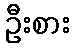
ဦးစား